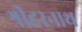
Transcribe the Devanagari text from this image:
श्रीहरनाथ